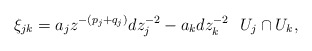
\begin{align*}\xi_{jk} = a_jz^{-(p_j+q_j)} dz_j^{-2} - a_kdz_k^{-2}\ \ U_j\cap U_k,\end{align*}